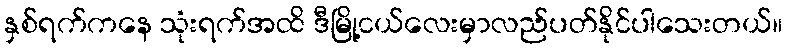
နှစ်ရက်ကနေ သုံးရက်အထိ ဒီမြို့ငယ်လေးမှာလည်ပတ်နိုင်ပါသေးတယ်။